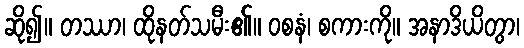
ဆို၍။ တဿာ၊ ထိုနတ်သမီး၏။ ဝစနံ၊ စကားကို။ အနာဒိယိတွာ၊